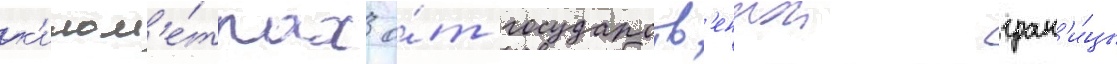
к'илом'е́трах о́т государств'еннои гран'и́цы